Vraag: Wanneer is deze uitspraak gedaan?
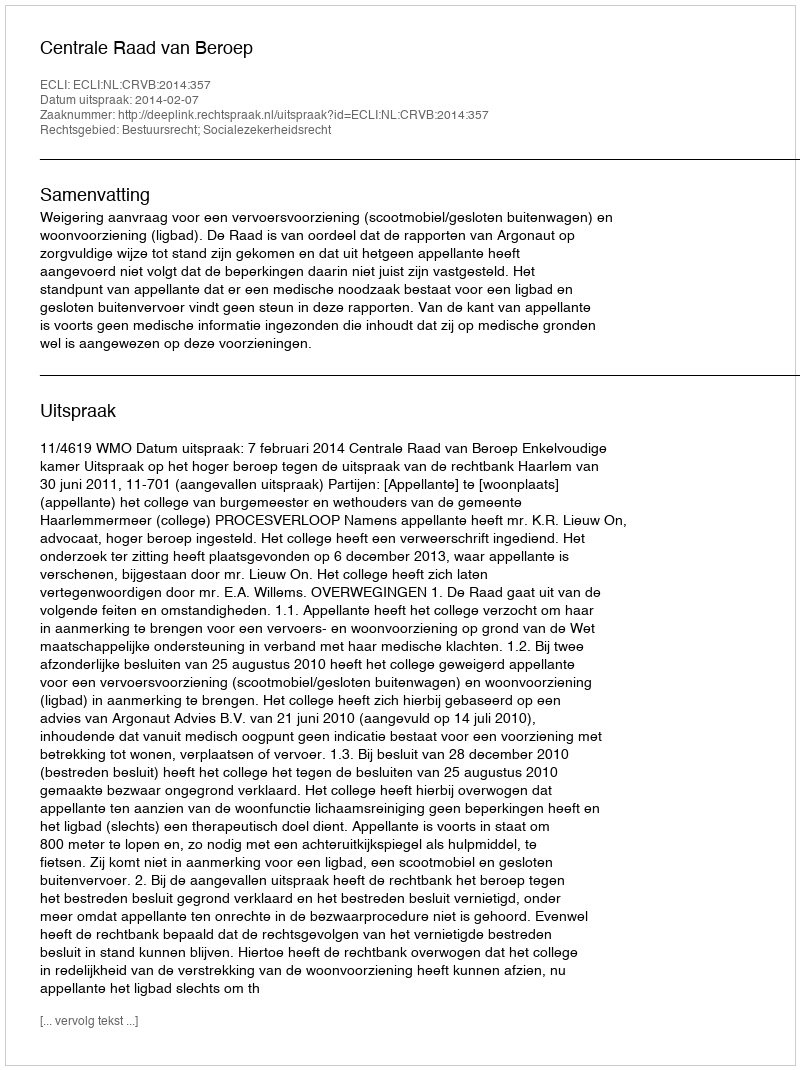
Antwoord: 2014-02-07